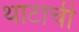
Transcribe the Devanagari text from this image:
थाटाची